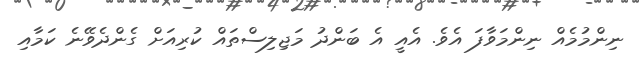
ނިންމުމެއް ނިންމަވާފަ އެވެ. އެއީ އެ ބަންދު މަޖިލިސްތައް ކުރިއަށް ގެންދެވޭނެ ކަމާއި